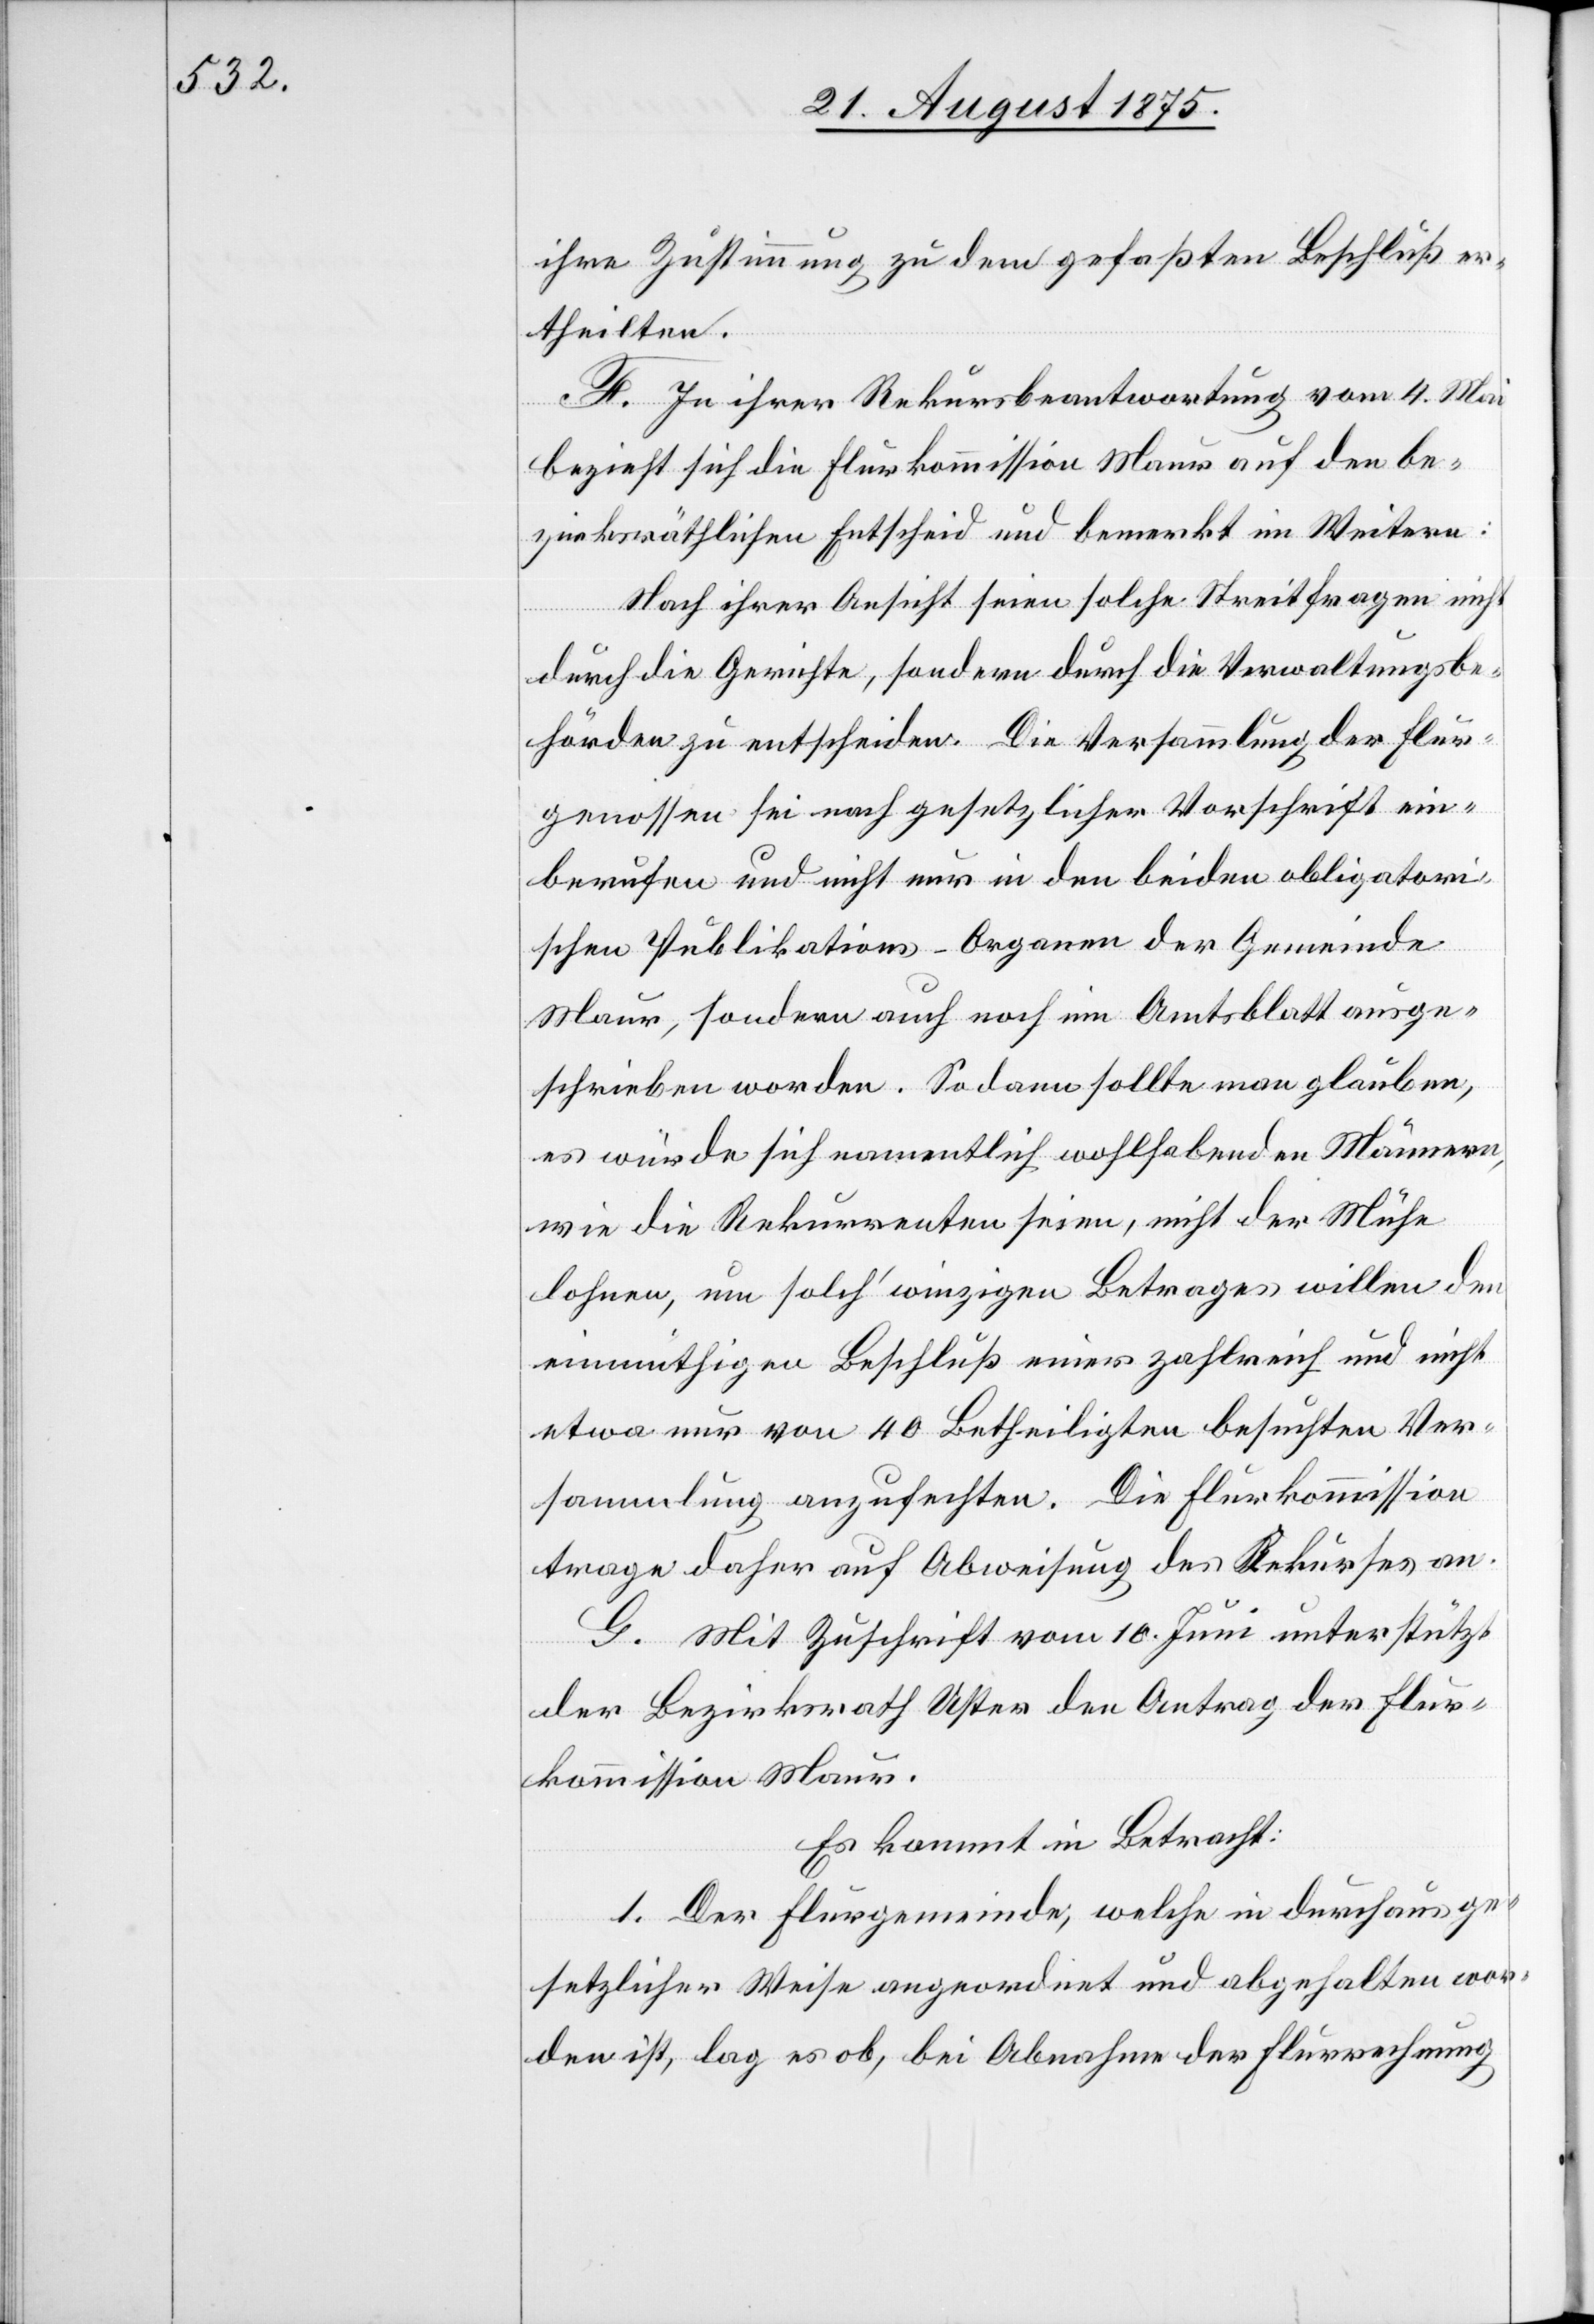
ihre Zustimmung zu dem gefaßten Beschluß er¬
theilten.
F. In ihrer Rekursbeantwortung vom 4. Mai
bezieht sich die Flurkommission Maut auf den be¬
zirksräthlichen Entscheid und bemerkt im Weitern:
Nach ihrer Ansicht seien solche Streitfragen nicht
durch die Gerichte, sondern durch die Verwaltungsbe¬
hörden zu entscheiden. Die Versammlung der Flur¬
genossen sei nach gesetzlicher Vorschrift ein¬
berufen und nicht nur in den beiden obligatori¬
schen Publikations-Organen der Gemeinde
Maur, sondern auch noch im Amtsblatt ausge¬
schrieben worden. So dann sollte man glauben,
es würde sich namentlich wohlhabenden Männern,
wie die Rekurrenten seien, nicht der Mühe¬
lohnen, um solch‘ winzigen Betrages willen den
einmüthigen Beschluß einer zahlreich und nicht
etwa nur von 40 Betheiligten besuchten Ver¬
sammlung anzufechten. Die Flurkommission
trage daher auf Abweisung des Rekurses an.
G. Mit Zuschrift vom 10. Juni unterstützt
der Bezirksrath Uster den Antrag der Flur¬
kommission Maur.
Es kommt in Betracht:
1. Der Flurgemeinde, welche in durchaus ge¬
setzlicher Weise angeordnet und abgehalten wor¬
den ist, lag es ob, bei Abnahme der Flurrechnung